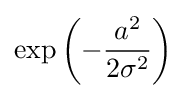
\exp \left({-{\frac {a^{2}}{2\sigma ^{2}}}}\right)